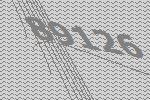
89126